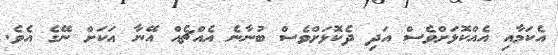
އެކަމާއި އެއްކޮޅަށްވެސް އަދި ދެކޮޅަށްވެސް ބުނާނެ އެއްޗެއް އޭނާ އަކަށް ނޭގެ އެވެ.